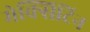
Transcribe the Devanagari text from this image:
मेक्सिटिन